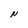
Character: N